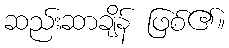
ဆည်းဆာချိန် ဖြစ်၏။